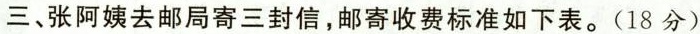
三、张阿姨去邮局寄三封信，邮寄收费标准如下表。(18分)